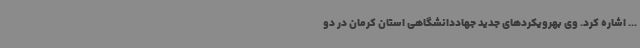
... اشاره کرد. وی بهرویکردهای جدید جهاددانشگاهی استان کرمان در دو